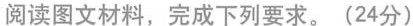
阅读图文材料，完成下列要求。(24分)